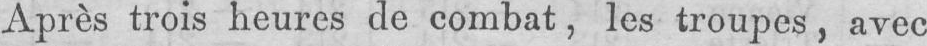
Après trois heures de combat, les troupes, avec